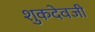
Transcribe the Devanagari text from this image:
शुकदेवजी